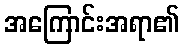
အကြောင်းအရာ၏